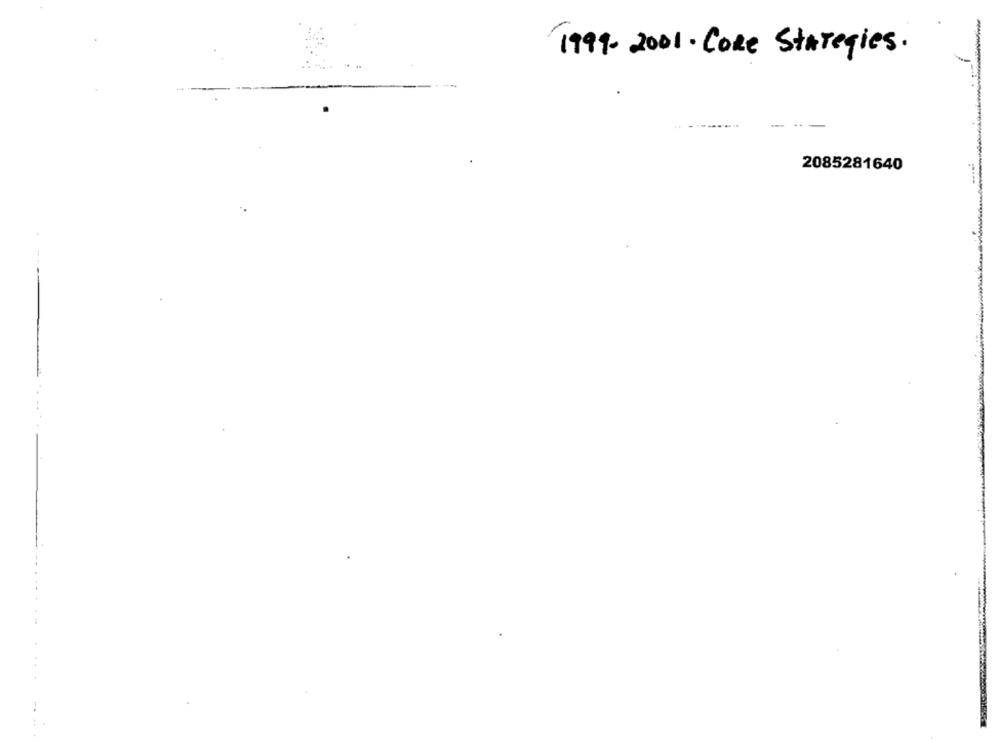
1999- 2001 . Core Stategies.
...
---
2085281640